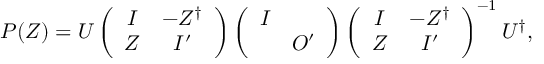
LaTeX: P ( Z ) = U \left( \begin{array} { c c } { { I } } & { { - Z ^ { \dag } } } \\ { { Z } } & { { I ^ { \prime } } } \end{array} \right) \left( \begin{array} { c c } { { I } } & { { } } \\ { { } } & { { O ^ { \prime } } } \end{array} \right) \left( \begin{array} { c c } { { I } } & { { - Z ^ { \dag } } } \\ { { Z } } & { { I ^ { \prime } } } \end{array} \right) ^ { - 1 } U ^ { \dag } ,